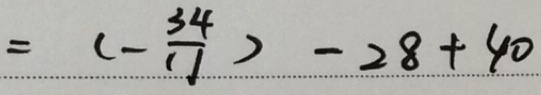
= ( - \frac { 3 4 } { 1 1 } ) - 2 8 + 4 0